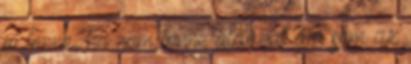
jó lenne, ha nem lenne áldozat ám sem az